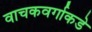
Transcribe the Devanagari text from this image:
वाचकवर्गाकडे